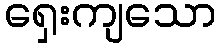
ရှေးကျသော